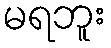
မရဘူး